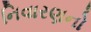
નિવારણનો